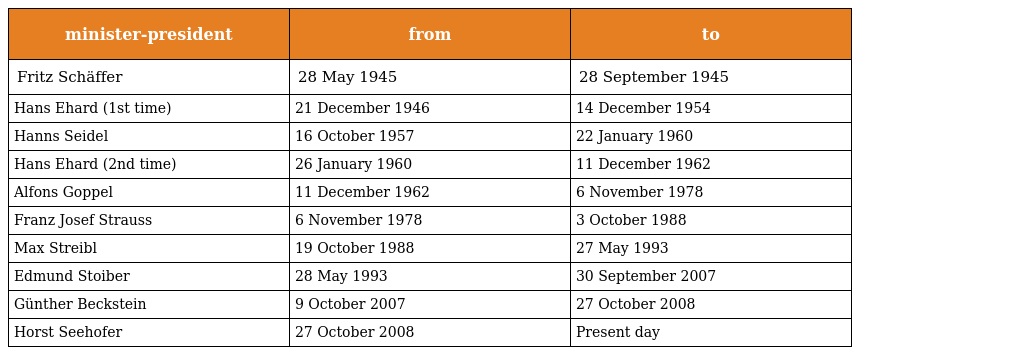
| minister-president | from | to |
 | --- | --- | --- |
 | Fritz Schäffer | 28 May 1945 | 28 September 1945 |
 | Hans Ehard (1st time) | 21 December 1946 | 14 December 1954 |
 | Hanns Seidel | 16 October 1957 | 22 January 1960 |
 | Hans Ehard (2nd time) | 26 January 1960 | 11 December 1962 |
 | Alfons Goppel | 11 December 1962 | 6 November 1978 |
 | Franz Josef Strauss | 6 November 1978 | 3 October 1988 |
 | Max Streibl | 19 October 1988 | 27 May 1993 |
 | Edmund Stoiber | 28 May 1993 | 30 September 2007 |
 | Günther Beckstein | 9 October 2007 | 27 October 2008 |
 | Horst Seehofer | 27 October 2008 | Present day |